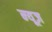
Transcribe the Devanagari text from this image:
न्‍यूज़